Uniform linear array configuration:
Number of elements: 32
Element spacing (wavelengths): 1
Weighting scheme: uniform
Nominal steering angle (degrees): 45
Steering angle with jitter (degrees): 44.223
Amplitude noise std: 0.05
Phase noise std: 0.05

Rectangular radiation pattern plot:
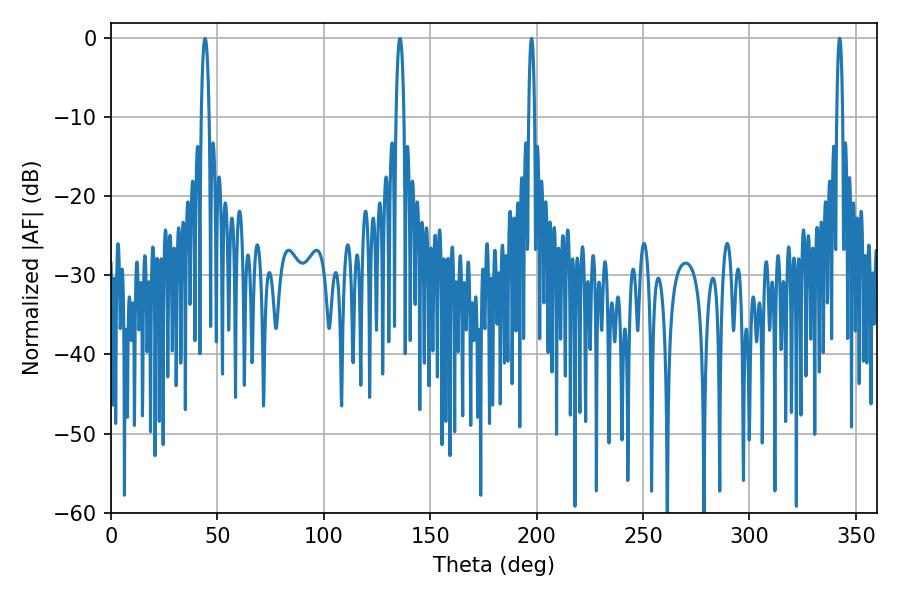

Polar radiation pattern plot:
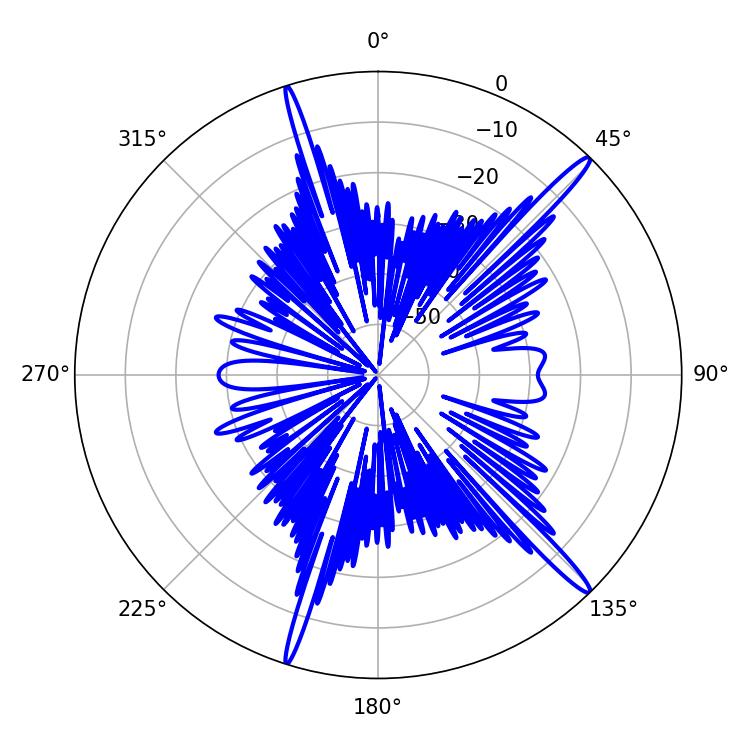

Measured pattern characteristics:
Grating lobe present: TRUE
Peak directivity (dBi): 16.9
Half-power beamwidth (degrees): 1.44
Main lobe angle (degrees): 342.36